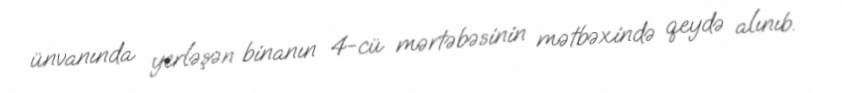
ünvanında yerləşən binanın 4-cü mərtəbəsinin mətbəxində qeydə alınıb.